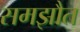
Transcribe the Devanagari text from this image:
समझौत